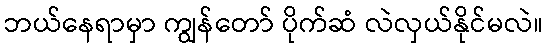
ဘယ်နေရာမှာ ကျွန်တော် ပိုက်ဆံ လဲလှယ်နိုင်မလဲ။